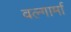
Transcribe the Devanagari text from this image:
वल्गार्मा